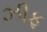
ઝીફ